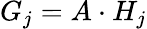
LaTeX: G_{j}=A\cdot H_{j}